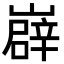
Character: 㠔